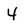
Character: 4